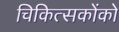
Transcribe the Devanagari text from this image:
चिकित्सकोंको